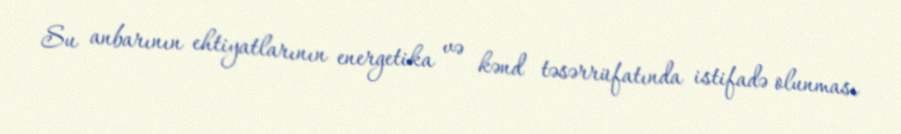
Su anbarının ehtiyatlarının energetika və kənd təsərrüfatında istifadə olunması